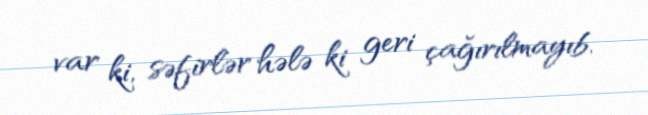
var ki, səfirlər hələ ki geri çağırılmayıb.